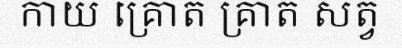
កាយ គ្រោត គ្រាត សត្វ